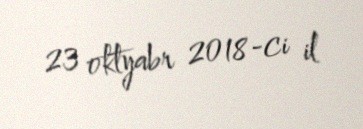
23 oktyabr 2018-ci il